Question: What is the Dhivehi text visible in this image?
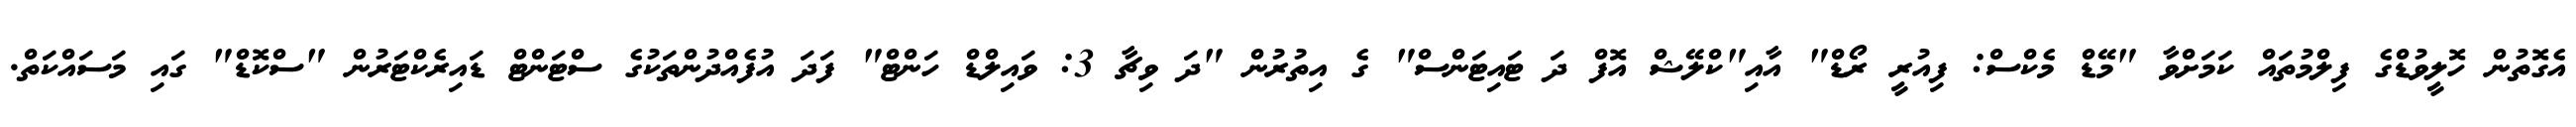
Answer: އެގޮތުން ހޮލީވުޑްގެ ފިލްމުތައް ކަމަށްވާ "މޭޑް މެކްސް: ފިއުރީ ރޯޑް" އާއި"ކްލޭޝް އޮފް ދަ ޓައިޓަންސް" ގެ އިތުރުން "ދަ ވިޗާ 3: ވައިލްޑް ހަންޓް" ފަދަ އުފެއްދުންތަކުގެ ސްޓަންޓް ޑައިރެކްޓަރުން "ސްކޮޑް" ގައި މަސައްކަތް.